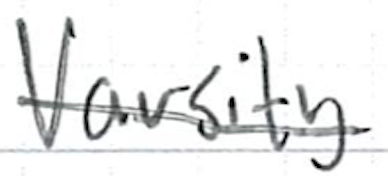
Text: Varsity
Cross-out: single-line
Writing tool: ballpoint